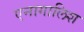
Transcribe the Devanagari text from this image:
एनागालिश